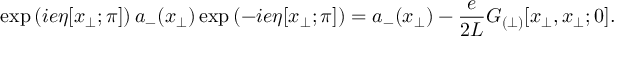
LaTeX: \exp \left( i e \eta [ x _ { \perp } ; \pi ] \right) a _ { - } ( x _ { \perp } ) \exp \left( - i e \eta [ x _ { \perp } ; \pi ] \right) = a _ { - } ( x _ { \perp } ) - \frac { e } { 2 L } { \cal G } _ { ( \perp ) } [ x _ { \perp } , x _ { \perp } ; 0 ] .